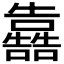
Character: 𭌳